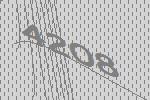
4208